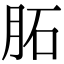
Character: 𦚈